画像に写った文字を読んでください
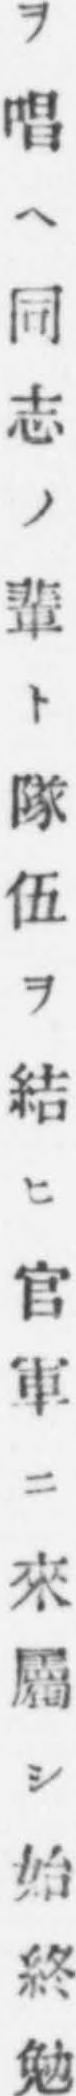
「ヲ唱ヘ同志ノ輩ト隊伍ヲ結ヒ官軍ニ來屬シ始終勉」と書いてあります